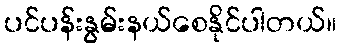
ပင်ပန်းနွမ်းနယ်စေနိုင်ပါတယ်။